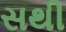
સથી